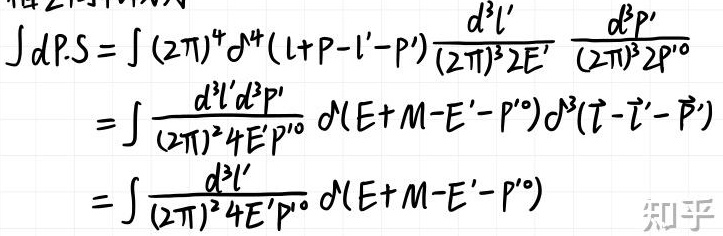
\[
\begin{align*}
\int dP.S&=\int(2\pi)^4\delta^4(l + P - l' - P')\frac{d^3l'}{(2\pi)^32E'}\frac{d^3P'}{(2\pi)^32P'^0}\\
&=\int\frac{d^3l'd^3P'}{(2\pi)^64E'P'^0}\delta(E + M - E' - P'^0)\delta^3(\vec{l}-\vec{l}'-\vec{P}')\\
&=\int\frac{d^3l'}{(2\pi)^34E'P'^0}\delta(E + M - E' - P'^0)
\end{align*}
\]